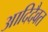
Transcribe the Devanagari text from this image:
आदिदैवत